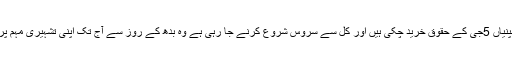
جنوبی کوریا کی جو سیلولر کمپنیاں 5جی کے حقوق خرید چکی ہیں اور کل سے سروس شروع کرنے جا رہی ہے وہ بدھ کے روز سے آج تک اپنی تشہیری مہم پر اربوں ڈالر خرچ کر چکی ہیں۔